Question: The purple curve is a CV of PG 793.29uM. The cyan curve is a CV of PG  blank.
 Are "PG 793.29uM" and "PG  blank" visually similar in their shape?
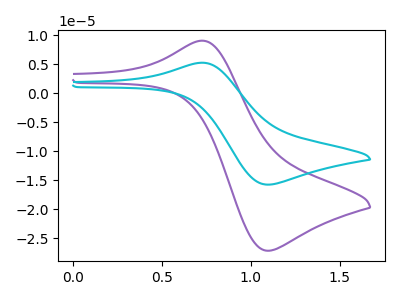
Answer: <think>The purple curve "PG 793.29uM" has an anodic peak at (0.75V, 9.05uA) and a cathodic peak at (1.10V, -27.20uA). The cyan curve "PG  blank" has an anodic peak at (0.75V, 5.25uA) and a cathodic peak at (1.10V, -15.80uA).
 All the peaks in "PG 793.29uM" have a peak in "PG  blank" at the same potential. Every peak in "PG 793.29uM" is higher than every peak in "PG  blank".</think>
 <answer>"PG 793.29uM" and "PG  blank" are similar in shape.</answer>
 <eval>same_shape</eval>